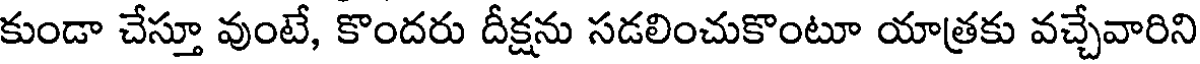
కుండా చేస్తూ వుంటే, కొందరు దీక్షను సడలించుకొంటూ యాత్రకు వచ్చేవారిని